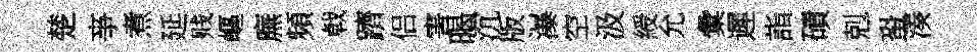
楚亊煮延贱嶇廡頻㦸躋侣害暍沉版瀑空汲綬允彙遲詣磧剋蛩湊